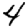
Digit: 4